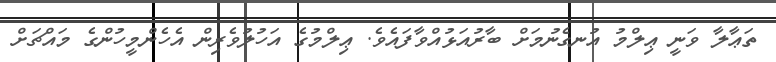
ތަޢާލާ ވަނީ ޢިލްމު އުނގެނުމަށް ބާރުއަޅުއްވާފައެވެ. ޢިލްމުގެ އަހުލުވެރިން އެހެންމީހުންގެ މައްޗަށް